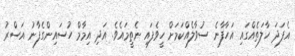
އެފަދަ ހާލަތެއްގައި އަހާފާނެ ސުވާލެއްކަމަށް ހީވެފައި ނެތީމައެވެ. އަދި އިމާމް ހުސައިންގެފާނު އަސްރު